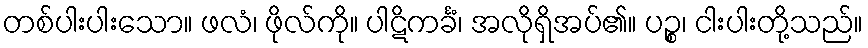
တစ်ပါးပါးသော။ ဖလံ၊ ဖိုလ်ကို။ ပါဋိကင်္ခံ၊ အလိုရှိအပ်၏။ ပဉ္စ၊ ငါးပါးတို့သည်။